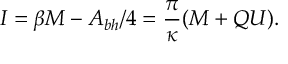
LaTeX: I = \beta M - { \cal A } _ { b h } / 4 = \frac { \pi } { \kappa } ( M + Q U ) .